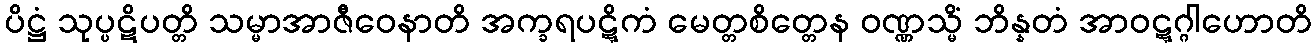
ပိဋ္ဌံ သုပ္ပဋိပတ္တိ သမ္မာအာဇီဝေနာတိ အက္ခရပဋ္ဋိကံ မေတ္တစိတ္တေန ဝဏ္ဏသ္မိံ ဘိန္နတံ အာဝဋ္ဋဂ္ဂါဟောတိ